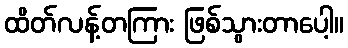
ထိတ်လန့်တကြား ဖြစ်သွားတာပေါ့။